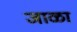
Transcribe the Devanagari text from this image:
जाळा